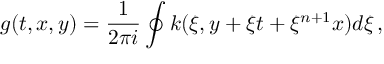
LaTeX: g ( t , x , y ) = \frac { 1 } { 2 \pi i } \oint k ( \xi , y + \xi t + \xi ^ { n + 1 } x ) d \xi \, ,